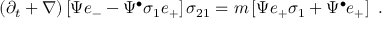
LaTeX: \left( \partial _ { t } + \nabla \right) \left[ \Psi e _ { - } - \Psi ^ { \bullet } \sigma _ { 1 } e _ { + } \right] \sigma _ { 2 1 } = m \left[ \Psi e _ { + } \sigma _ { 1 } + \Psi ^ { \bullet } e _ { + } \right] ~ .